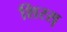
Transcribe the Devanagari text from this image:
शिरस्